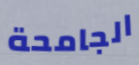
الجامحة